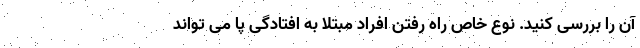
آن را بررسی کنید. نوع خاص راه رفتن افراد مبتلا به افتادگی پا می تواند